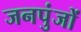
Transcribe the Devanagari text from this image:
जनपुंजों